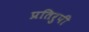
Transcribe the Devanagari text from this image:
प्रतिरुपी